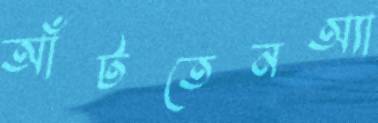
আঁটতেনঅ্যা